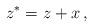
LaTeX: \begin{align*} z^*=z+x\,, \end{align*}